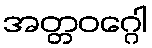
အတ္တဝဂ္ဂေါ